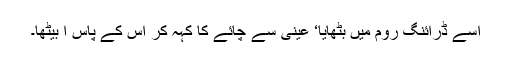
اسے ڈرائنگ روم میں بٹھایا‘ عینی سے چائے کا کہہ کر اس کے پاس آ بیٹھا۔